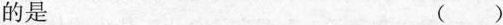
的是 ( )